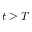
t \geq T